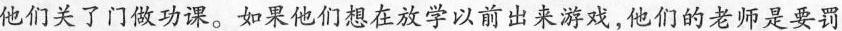
他们关了门做功课。如果他们想在放学以前出来游戏，他们的老师是要罚